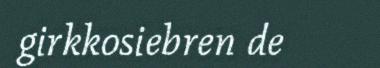
girkkosiebren de